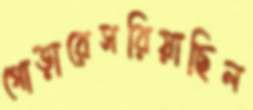
গোড়ারেসরিয়াছিল